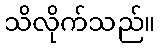
သိလိုက်သည်။